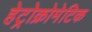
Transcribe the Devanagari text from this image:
हेट्रोक्रोमेटिक